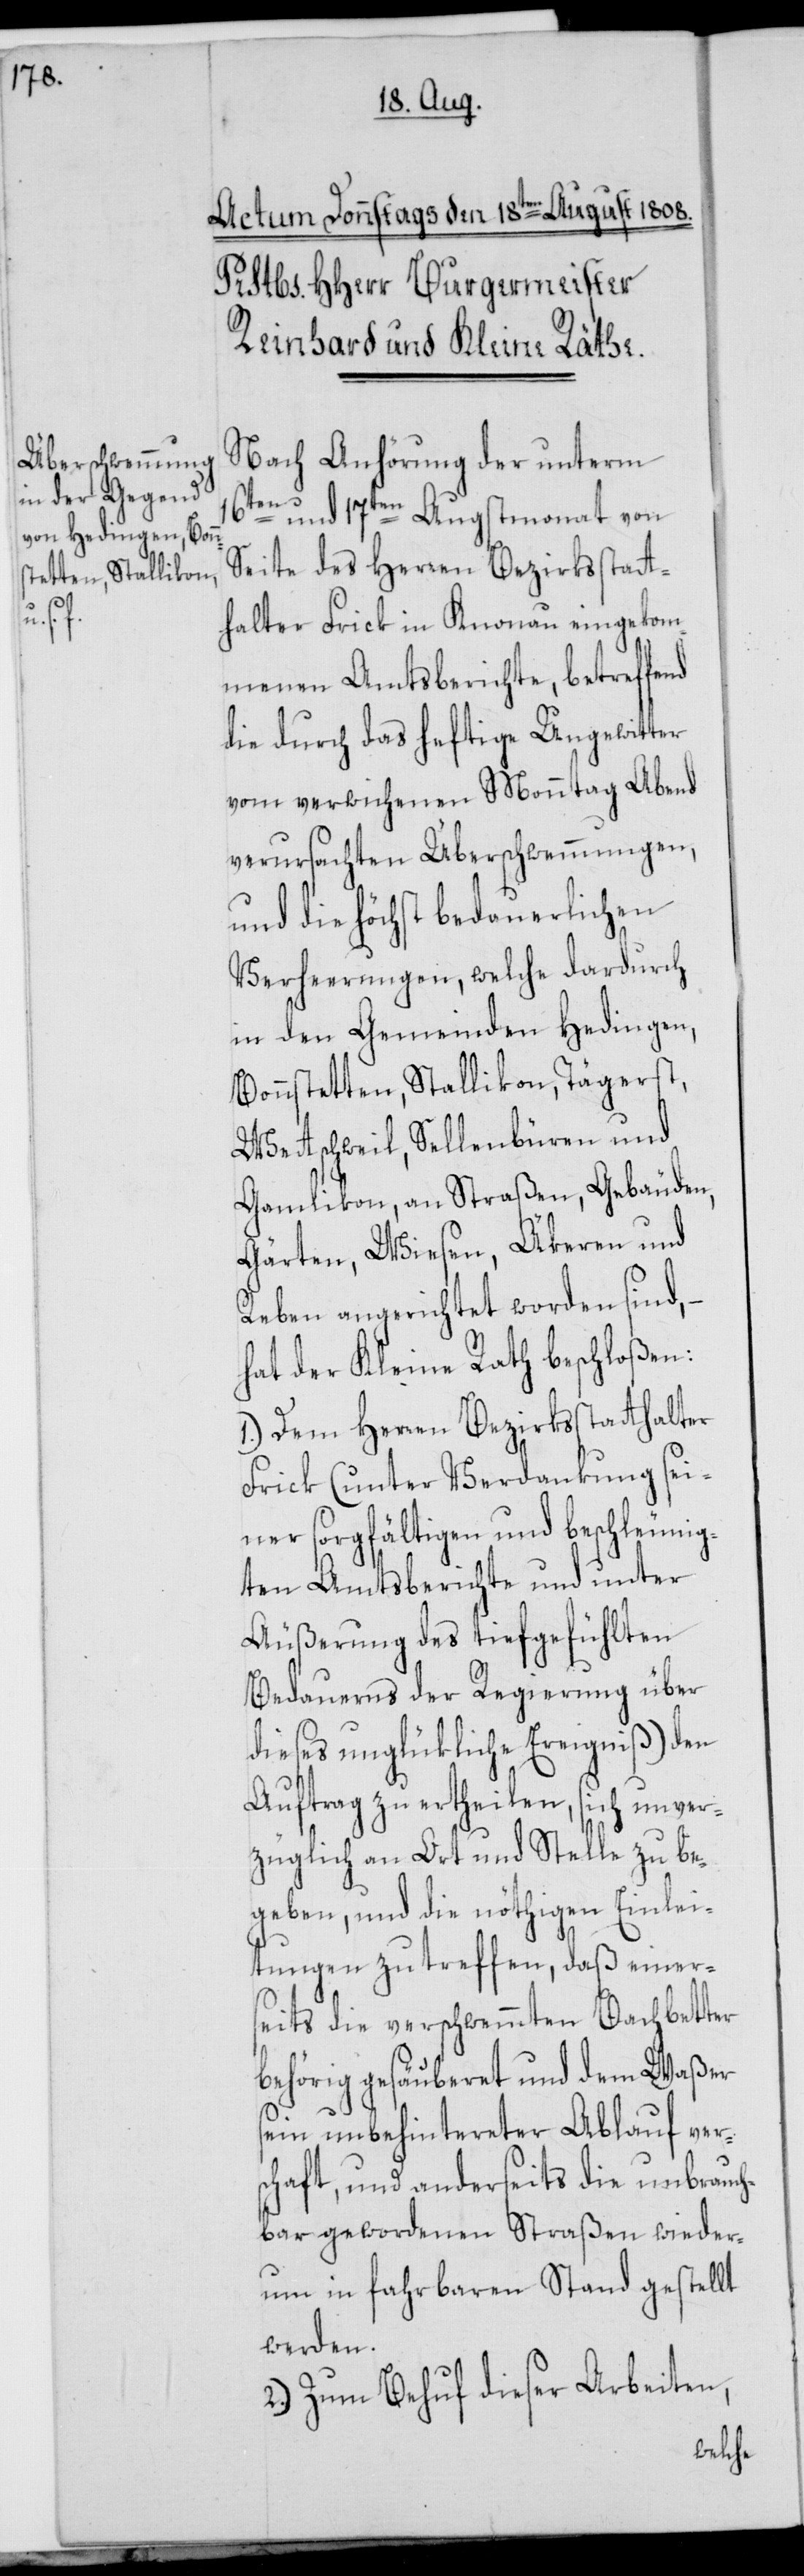
sch¬

Nach Anhörung der unterm
16ten und 17ten Augstmonat von
Seite des Herren Bezirksstatt¬
halter Frick in Knonau eingekom¬
menen Amtsberichte, betreffend
die durch das heftige Ungewitter
vom verwichenen Monntag Abend
verursachten Überschwemmungen,
und die höchst bedauerlichen
Verheerungen, welche dardurch
in den Gemeinden Hedingen,
Bonnstetten, Stallikon, Tägerst,
Wettschweil, Sellenbüren und
Gamlikon, an Straßen, Gebäuden,
Gärten, Wiesen, Äkeren und
Reben angerichtet worden sind, –
hat der Kleine Rath beschloßen:
1.) Dem Herren Bezirksstatthalter
Frick (unter Verdankung sei¬
ner sorgfältigen und beschleunig¬
ten Amtsberichte und unter
Äußerung des tiefgefühlten
Bedauerns der Regierung über
dieses unglükliche Ereigniß) den
Auftrag zu ertheilen, sich unver¬
züglich an Ort und Stelle zu be¬
geben, und die nöthigen Einlei¬
tungen zu treffen, daß einer¬
seits die verschwemmten Bachbetter
behörig gesäuberet und dem Waßer
sein unbehindereter Ablauf ver¬
a[f]ft, und anderseits die unbrauch¬
bar gewordenen Straßen wieder¬
um in fahrbaren Stand gestellt
werden.
2.) Zum Behuf dieser Arbeiten,